Annual report on the working of the lock hospitals in the North-Western Provinces and Oudh
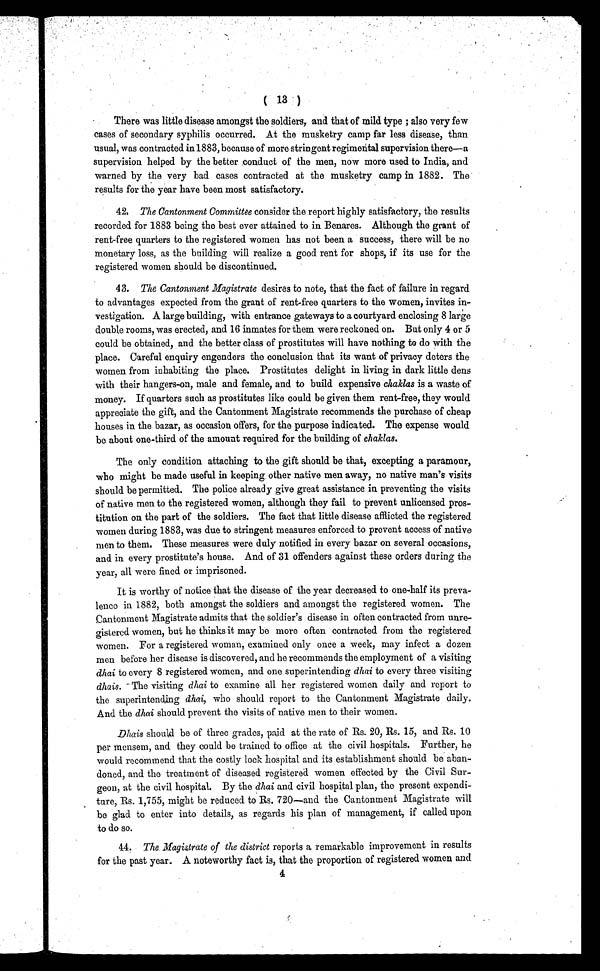
( 13 )
There was little disease amongst the soldiers, and that of mild type ; also very few
cases of secondary syphilis occurred. At the musketry camp far less disease, than
usual, was contracted in 1883, because of more stringent regime ńtal supervision there—a
supervision helped by the better conduct of the men, now more used to India, and
warned by the very bad cases contracted at the musketry camp in 1882. The
results for the year have been most satisfactory.
42. The Cantonment Committee consider the report highly satisfactory, the results
recorded for 1883 being the best ever attained to in Benares. Although the grant of
rent-free quarters to the registered women has not been a success, there will be no
monetary loss, as the building will realize a good rent for shops, if its use for the
registered women should be discontinued.
43. The Cantonment Magistrate desires to note, that the fact of failure in regard
to advantages expected from the grant of rent-free quarters to the women, invites in-
vestigation. A large building, with entrance gateways to a courtyard enclosing 8 large
double rooms, was erected, and 16 inmates for them were reckoned on. But only 4 or 5
could be obtained, and the better class of prostitutes will have nothing to do with the
place. Careful enquiry engenders the conclusion that its want of privacy deters the
women from inhabiting the place. Prostitutes delight in living in dark little dens
with their hangers-on, male and female, and to build expensive chaklas is a waste of
money. If quarters such as prostitutes like could be given them rent-free, they would
appreciate the gift, and the Cantonment Magistrate recommends the purchase of cheap
houses in the bazar, as occasion offers, for the purpose indicated. The expense would
be about one-third of the amount required for the building of chaklas.
The only condition attaching to the gift should be that, excepting a paramour,
who might be made useful in keeping other native men away, no native man's visits
should be permitted. The police already give great assistance in preventing the visits
of native men to the registered women, although they fail to prevent unlicensed pros-
titution on the part of the soldiers. The fact that little disease afflicted the registered
women during 1883, was due to stringent measures enforced to prevent access of native
men to them. These measures were duly notified in every bazar on several occasions,
and in every prostitute's house. And of 31 offenders against these orders during the
year, all were fined or imprisoned.
It is worthy of notice that the disease of the year decreased to one-half its preva-
lence in 1882, both amongst the soldiers and amongst the registered women. The
Cantonment Magistrate admits that the soldier's disease in often contracted from unre-
gistered women, but he thinks it may be more often contracted from the registered
women. For a registered woman, examined only once a week, may infect a dozen
men before her disease is discovered, and he recommends the employment of a visiting
dhai to every 8 registered women, and one superintending dhai to every three visiting
dhais. The visiting dhai to examine all her registered women daily and report to
the superintending dhai, who should report to the Cantonment Magistrate daily.
And the dhai should prevent the visits of native men to their women.
Dhais should be of three grades, paid at the rate of Rs. 20, Rs. 15, and Rs. 10
per mensem, and they could be trained to office at the civil hospitals. Further, he
would recommend that the costly lock hospital and its establishment should be aban-
doned, and the treatment of diseased registered women effected by the Civil Sur-
geon, at the civil hospital. By the dhai and civil hospital plan, the present expendi-
ture, Rs. 1,755, might be reduced to Rs. 720—and the Cantonment Magistrate will
be glad to enter into details, as regards his plan of management, if called upon
to do so.
44. The Magistrate of the district reports a remarkable improvement in results
for the past year. A noteworthy fact is, that the proportion of registered women and
4